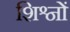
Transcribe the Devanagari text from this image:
शिश्नों